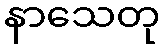
နာသေတု